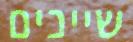
שייכים